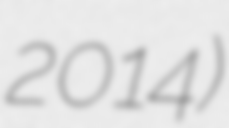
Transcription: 2014)